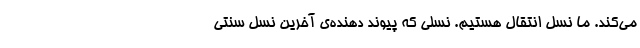
می‌کند. ما نسل انتقال هستیم. نسلی که پیوند دهنده‌ی آخرین نسل سنتی